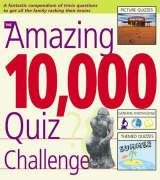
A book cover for The Amazing 10,000 Quiz Challenge; Roy Preston; Humor & Entertainment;